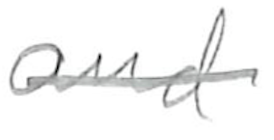
Text: and
Cross-out: single-line
Writing tool: pencil